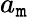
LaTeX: a_{\mathtt{m}}